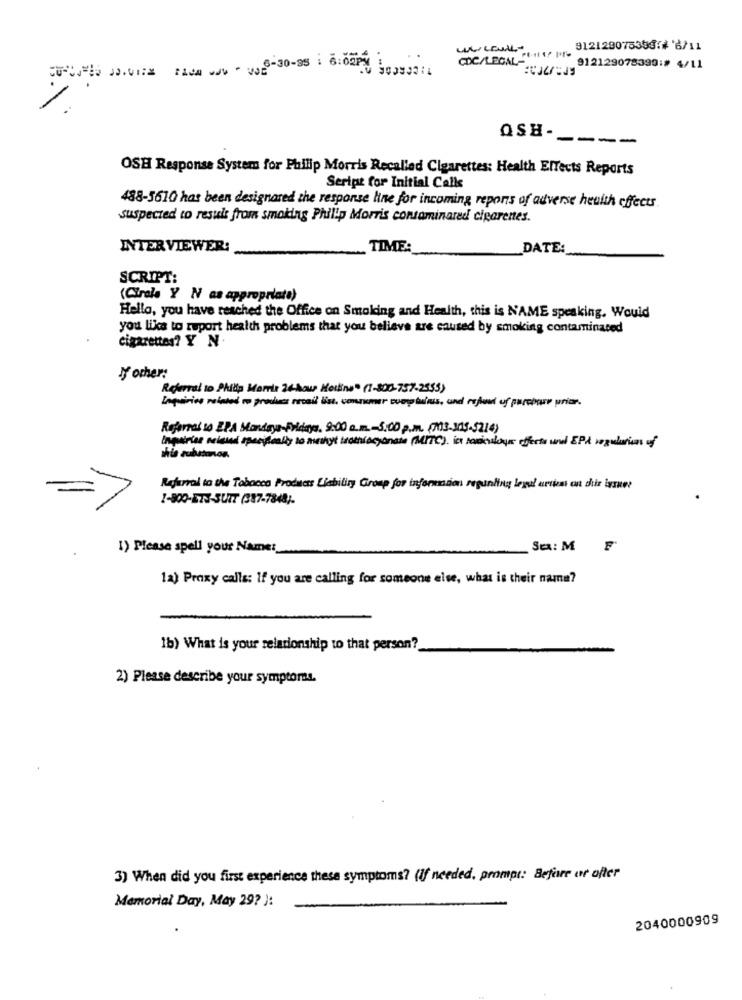
912129075398146/11
COC/LEGAL-
CURSUS JO.VIER FACH WWW . von6-30-95 : 6:02PM 10 ,,,
"~ 912129078390:# 4/11
QSH-
----
OSH Response System for Philip Morris Recalled Cigarettes: Health Effects Reports
Script for Initial Calls
488-5610 has been designared the response line for incoming repons of adverse health effects.
suspected to result from smoking Philip Morris contaminated cigarenes.
INTERVIEWER:
TIME:
DATE:
SCRIPT:
(Circle Y N as appropriate)
Hello, you have reached the Office on Smoking and Health, this is NAME speaking. Would
you like to report health problems that you believe are caused by smoking contaminated
cigarettes? Y N
If other:
Referral to Philip Morris 24-hour Hotline" (1-800-757-2535)
Inquiries related to produce recal list, consumer complains, and refund of purchase prior.
Referral so EPA Monday-Fridays. 9:00 a.m .- 5.00 p.m. (713-3015-5214)
Inquiries existed specifically to methyt trothiocyonata (MITC). iet toriculous effects une EPå regularien uf
Referral to the Tobacco Products Liability Group for information reguning legal ations on dir iger
1-800-E73-3UT7 (387-7848)-
1) Please spell your Name:
Sa: M
F
1a) Proxy calls: If you are calling for someone else, what is their name?
1b) What is your relationship to that person?
2) Please describe your symptoms.
3) When did you first experience these symptoms? (If needed, prompt: Before or after
Memorial Day, May 29? ):
2040000909